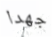
جهدا